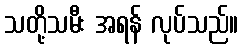
သတို့သမီး အရန် လုပ်သည်။